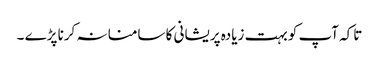
تاکہ آپ کو بہت زیادہ پریشانی کا سامنا نہ کرنا پڑے ۔